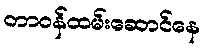
တာဝန်ထမ်းဆောင်နေ